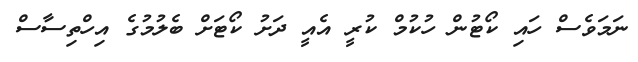
ނަމަވެސް ހައި ކޯޓުން ހުކުމް ކުރީ އެއީ ދަށު ކޯޓަށް ބެލުމުގެ އިހްތިސާސް